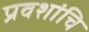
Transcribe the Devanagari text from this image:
प्रवशांचि